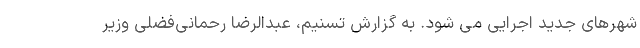
شهرهای جدید اجرایی می شود. به گزارش تسنیم، عبدالرضا رحمانی‌فضلی وزیر